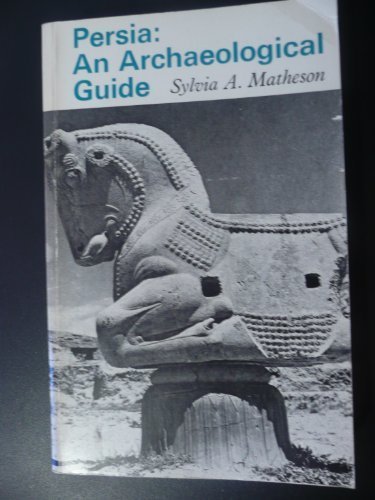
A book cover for Persia: An Archaeological Guide; Sylvia A. Matheson; Travel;